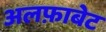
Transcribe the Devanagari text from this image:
अलफ़ाबेट